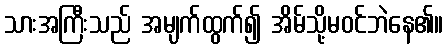
သားအကြီးသည် အမျက်ထွက်၍ အိမ်သို့မဝင်ဘဲနေ၏။